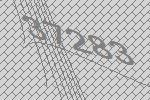
37283